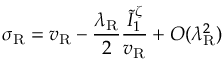
\sigma _ { \mathrm { R } } = v _ { \mathrm { R } } - \frac { \lambda _ { \mathrm { R } } } { 2 } \frac { \tilde { I } _ { 1 } ^ { \zeta } } { v _ { \mathrm { R } } } + O ( \lambda _ { \mathrm { R } } ^ { 2 } )